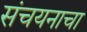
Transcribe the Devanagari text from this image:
संचयनाचा